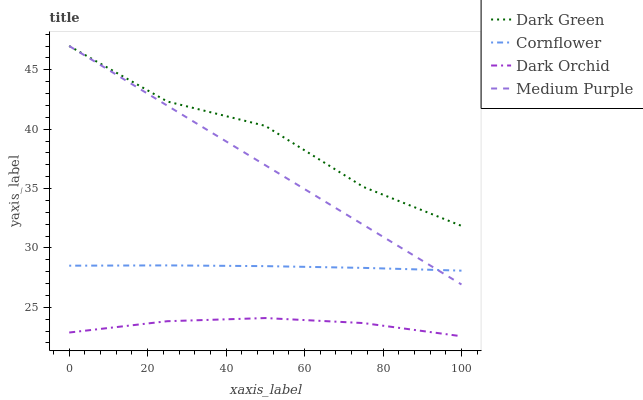
| xaxis_label | Dark Green | Cornflower | Dark Orchid | Medium Purple |
 | --- | --- | --- | --- | --- |
 | 0 | 47 | 28.5 | 22.9 | 47 |
 | 25 | 42.3 | 28.5 | 23.8 | 42 |
 | 50 | 40.3 | 28.5 | 24.1 | 37 |
 | 75 | 35.1 | 28.3 | 23.7 | 31.9 |
 | 100 | 31.9 | 28.1 | 22.6 | 26.9 |